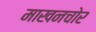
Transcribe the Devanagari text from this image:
माखनचोर